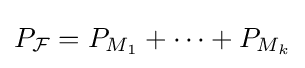
P_{\mathcal {F}}=P_{M_{1}}+\cdots +P_{M_{k}}